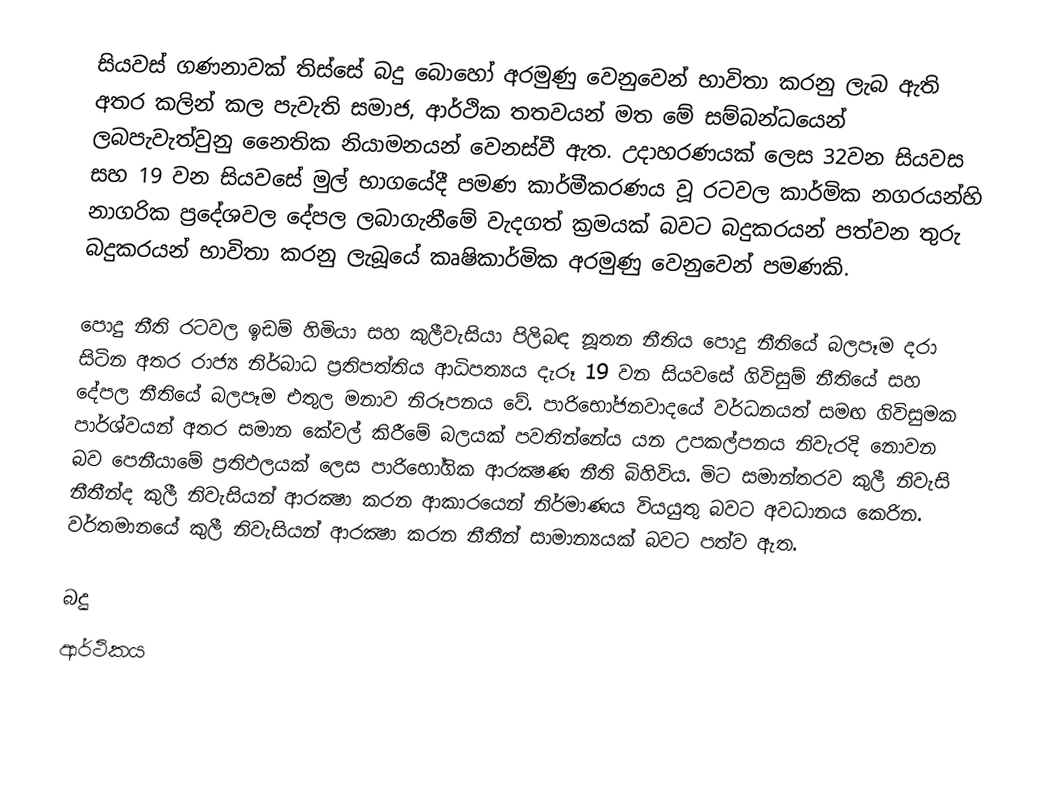
සියවස් ගණනාවක් තිස්සේ බදු බොහෝ අරමුණු වෙනුවෙන් භාවිතා කරනු ලැබ ඇති අතර කලින් කල පැවැති සමාජ, ආර්ථික තතවයන් මත මේ සම්බන්ධයෙන් ලබපැවැත්වුනු නෛතික නියාමනයන් වෙනස්වී ඇත. උදාහරණයක් ලෙස 32වන සියවස සහ 19 වන සියවසේ මුල් භාගයේදී පමණ කාර්මීකරණය වූ රටවල කාර්මික නගරයන්හි නාගරික ප‍්‍රදේශවල දේපල ලබාගැනීමේ වැදගත් ක‍්‍රමයක් බවට  බදුකරයන් පත්වන තුරු බදුකරයන් භාවිතා කරනු ලැබූයේ කෘෂිකාර්මික අරමුණු වෙනුවෙන් පමණකි.

පොදු නීති රටවල ඉඩම් හිමියා සහ කුලීවැසියා පිලිබඳ නූතන නීතිය පොදු නීතියේ බලපෑම දරා සිටින අතර රාජ්‍ය නිර්බාධ ප‍්‍රතිපත්තිය ආධිපත්‍යය දැරූ 19 වන සියවසේ ගිවිසුම් නීතියේ සහ දේපල නීතියේ බලපෑම එතුල මනාව නිරූපනය වේ. පාරිභෝජනවාදයේ වර්ධනයත් සමඟ ගිවිසුමක පාර්ශ්වයන් අතර සමාන කේවල් කිරීමේ බලයක් පවතින්නේය යන උපකල්පනය නිවැරදි නොවන බව පෙනීයාමේ ප‍්‍රතිඵලයක් ලෙස පාරිභෝගික ආරක්‍ෂණ නීති බිහිවිය. මිට සමාන්තරව කුලී නිවැසි නීතීන්ද කුලී නිවැසියන් ආරක්‍ෂා කරන ආකාරයෙන් නිර්මාණය වියයුතු බවට අවධානය කෙරින. වර්තමානයේ කුලී නිවැසියන් ආරක්‍ෂා කරන නීතීන් සාමාන්‍යයක් බවට පත්ව ඇත.

බදු
ආර්ථිකය​